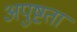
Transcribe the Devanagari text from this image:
अपुष्टता